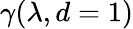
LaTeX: \gamma(\lambda,d=1)